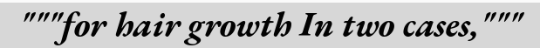
"""for hair growth In two cases,"""